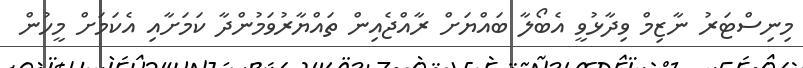
މިނިސްޓަރު ނާޒިމް ވިދާޅުވީ އެބޯލާ ބައްޔަށް ރާއްޖެއިން ތައްޔާރުވަމުންދާ ކަމަށާއި އެކަމަށް މީހުން